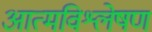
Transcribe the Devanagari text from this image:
आत्मविश्लेषण